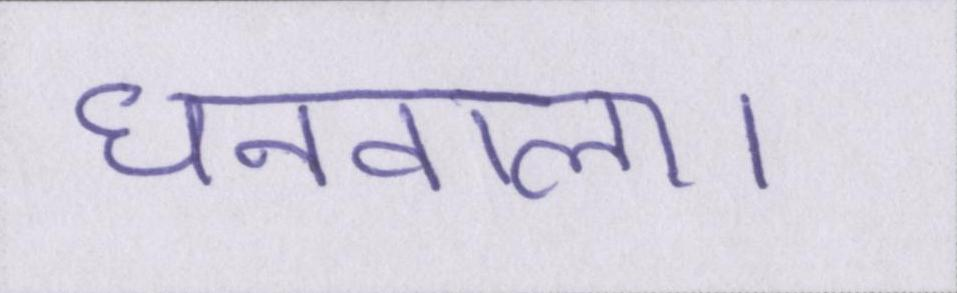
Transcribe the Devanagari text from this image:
धनवाला।